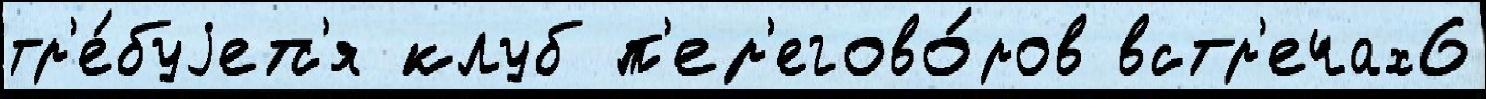
тр'е́буjетс'я клуб п'ер'егово́ров встр'ечах6